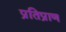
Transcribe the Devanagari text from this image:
प्रतिप्राण